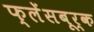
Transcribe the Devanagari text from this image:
फ्लेंसबूर्क